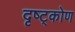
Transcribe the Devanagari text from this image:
दृष्ट्कोण